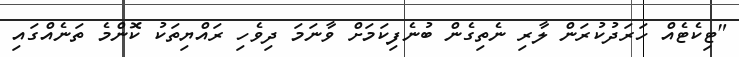
"ޓިކެޓެއް ހަރަދުކުރަން ލާރި ނެތިގެން ބުނެފިކަމަށް ވާނަމަ ދިވެހި ރައްޔިތަކު ކޮންމެ ތަނެއްގައި